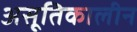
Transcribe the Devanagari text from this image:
असूतिकालीन